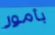
بأمور